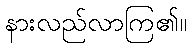
နားလည်လာကြ၏။